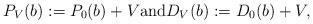
LaTeX: \begin{align*}P_V(b) := P_0(b) + V {\rm and} D_V(b) := D_0(b) + V,\end{align*}